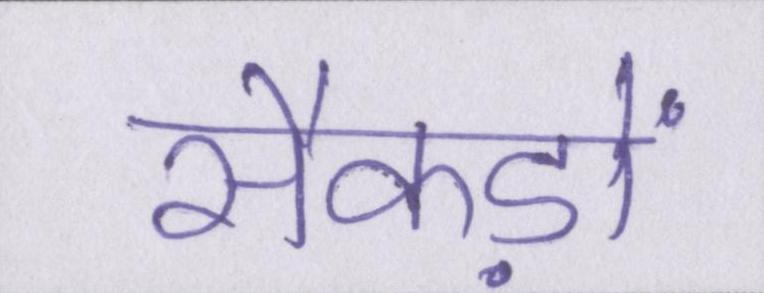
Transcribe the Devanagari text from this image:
सैकड़ों